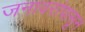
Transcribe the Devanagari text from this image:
जनावरांपासून